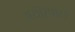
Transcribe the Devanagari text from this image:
अयाँरपाटा